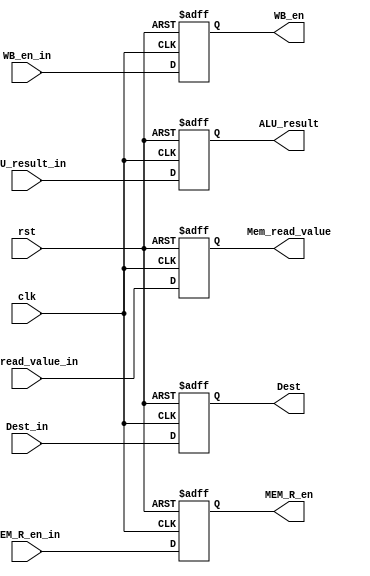
module MEM_Stage_Reg(
  input clk, rst, WB_en_in, MEM_R_en_in,
  input[31:0] ALU_result_in, Mem_read_value_in,
  input[3:0] Dest_in,

  output reg WB_en, MEM_R_en,
  output reg[31:0] ALU_result, Mem_read_value,
  output reg[3:0] Dest
);

  always@(posedge clk, posedge rst) begin
    if(rst) begin
      WB_en <= 0; MEM_R_en <= 0; ALU_result <= 0; Mem_read_value <= 0; Dest <= 0;
    end
    else begin
      WB_en <= WB_en_in; MEM_R_en <= MEM_R_en_in; ALU_result <= ALU_result_in; Mem_read_value <= Mem_read_value_in; Dest <= Dest_in;
    end
  end

endmodule